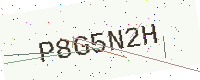
Text: P8G5N2H